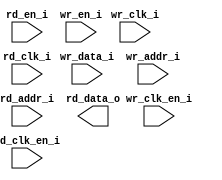
/*******************************************************************************
    Verilog netlist generated by IPGEN Radiant
    Soft IP Version: 1.0.0
    Tue Mar 20 13:30:13 2018
*******************************************************************************/
/*******************************************************************************
    Wrapper Module generated per user settings.
*******************************************************************************/
module dpram512x8 (wr_clk_i, rd_clk_i, wr_clk_en_i, rd_en_i, rd_clk_en_i,
    wr_en_i, wr_data_i, wr_addr_i, rd_addr_i, rd_data_o)/* synthesis syn_black_box syn_declare_black_box=1 */;
    input  wr_clk_i;
    input  rd_clk_i;
    input  wr_clk_en_i;
    input  rd_en_i;
    input  rd_clk_en_i;
    input  wr_en_i;
    input  [7:0]  wr_data_i;
    input  [8:0]  wr_addr_i;
    input  [8:0]  rd_addr_i;
    output  [7:0]  rd_data_o;
endmodule